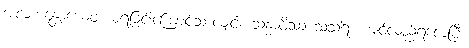
အလဘန္တောယေဝ၊ မရခြင်းကြောင့်သာလျှင်။ သန္ဓာဝိဿံ သံသရိံ၊ ကျင်လည်ရလေပြီ။